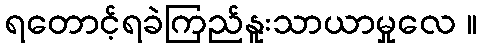
ရတောင့်ရခဲကြည်နူးသာယာမှုလေ ။